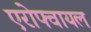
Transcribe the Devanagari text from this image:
एरोफ्वायल